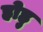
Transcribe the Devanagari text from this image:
होहु